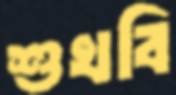
শুখবি